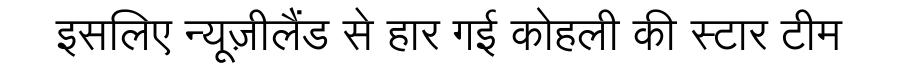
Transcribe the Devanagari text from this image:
इसलिए न्यूज़ीलैंड से हार गई कोहली की स्टार टीम